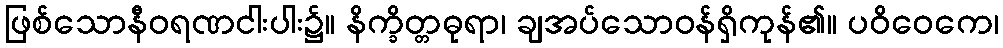
ဖြစ်သောနီဝရဏငါးပါး၌။ နိက္ခိတ္တဓုရာ၊ ချအပ်သောဝန်ရှိကုန်၏။ ပဝိဝေကေ၊